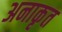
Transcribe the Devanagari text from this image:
अनाकृत